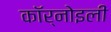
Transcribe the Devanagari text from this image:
कॉर्नोइली